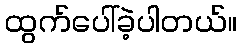
ထွက်ပေါ်ခဲ့ပါတယ်။